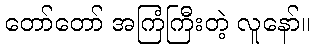
တော်တော် အကြံကြီးတဲ့ လူနော်။